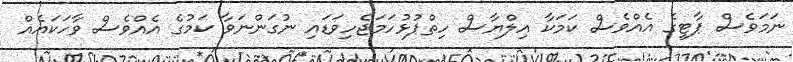
ނަމަވެސް ޕާޓީގެ އެއްވެސް ކަމަކާ އިލްޔާސް ހިތްޕުޅުހަމަޖެހިވަޑައި ނުގަންނަވާ ކަމުގެ އެއްވެސް ވާހަކައެއް